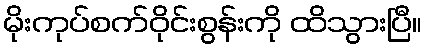
မိုးကုပ်စက်ဝိုင်းစွန်းကို ထိသွားပြီ။